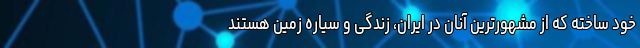
خود ساخته که از مشهورترین آنان در ایران، زندگی و سیاره زمین هستند